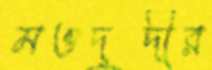
মওদুদীর